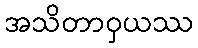
အသိတာဝှယဿ